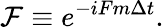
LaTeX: \mathcal{F}\equiv e^{-iFm\Delta t}.